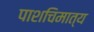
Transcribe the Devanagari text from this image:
पाशचिमात्य